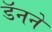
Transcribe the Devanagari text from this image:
डॅनने